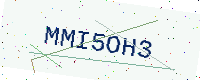
Text: MMI5OH3